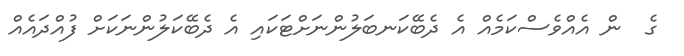
ގެ  ން އެއްވެސްކަމެއް އެ ދެބޭކަނބަލުންނަށްޓަކައި އެ ދެބޭކަލުންނަކަށް ފުއްދައެއް